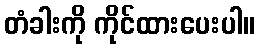
တံခါးကို ကိုင်ထားပေးပါ။